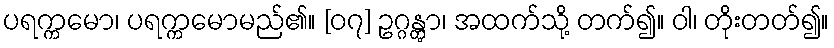
ပရက္ကမော၊ ပရက္ကမောမည်၏။ [၀၇] ဥဂ္ဂန္တွာ၊ အထက်သို့ တက်၍။ ဝါ၊ တိုးတတ်၍။